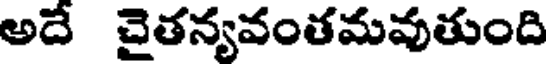
అదే చైతన్యవంతమవుతుంది